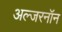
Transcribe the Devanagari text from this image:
अल्जरनॉन